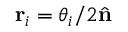
\mathbf { r } _ { i } = \theta _ { i } / 2 \hat { \mathbf { n } }